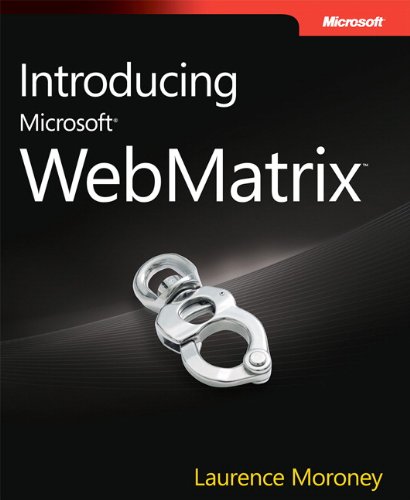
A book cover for Introducing Microsoft WebMatrix; Laurence Moroney; Computers & Technology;